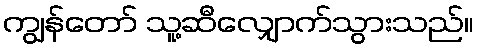
ကျွန်တော် သူ့ဆီလျှောက်သွားသည်။